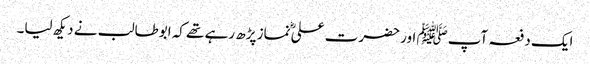
ایک دفعہ آپﷺ اور حضرت علیؓ نماز پڑھ رہے تھے کہ ابوطالب نے دیکھ لیا۔